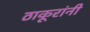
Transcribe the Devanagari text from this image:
ठाकूरांनी